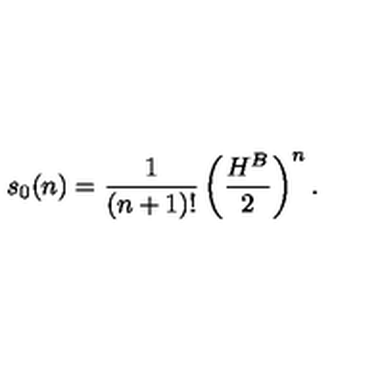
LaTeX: s _ { 0 } ( n ) = \frac { 1 } { ( n + 1 ) ! } \left( \frac { H ^ { B } } { 2 } \right) ^ { n } .